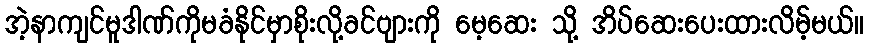
အဲ့နာကျင်မူဒါဏ်ကိုမခံနိုင်မှာစိုးလို့ခင်ဗျားကို မေ့ဆေး သို့ အိပ်ဆေးပေးထားလိမ့်မယ်။